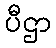
ပီဌာ